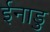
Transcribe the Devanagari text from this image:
ईनाडु